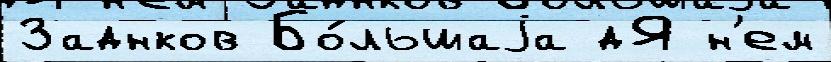
Заднков Бо́льшаjа дЯ н'ем